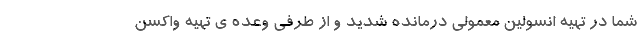
شما در تهیه انسولین معمولی درمانده شديد و از طرفي وعده ي تهیه واکسن